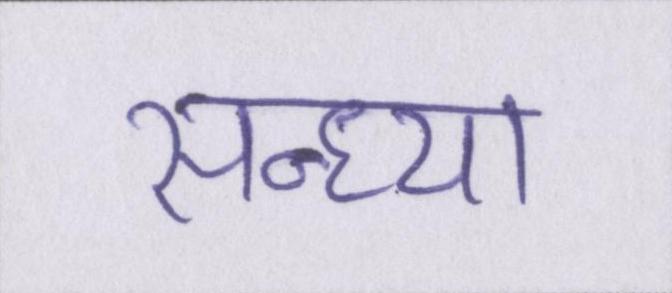
सन्ध्या